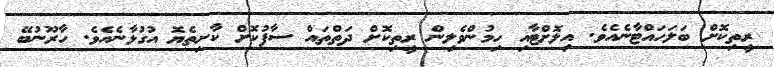
ރީތިކޮށް ބަލަހައްޓާނެއެވެ. އިލޮށްޓާއި ހިމުންވެލިން ރީތިކޮށް ދަތްތައް ސާފުކޮށް ކާށިތެޔޮ އުގުޅާނެއެވެ. ހާރޫނުބޭ